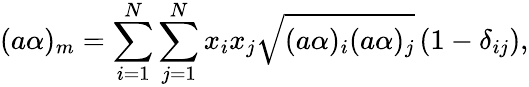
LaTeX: (a\alpha)_{m}=\sum_{i=1}^{N}\sum_{j=1}^{N}x_{i}x_{j}\sqrt{(a\alpha)_{i}(a\alpha)_{j}}\left(1-\delta_{ij}\right),